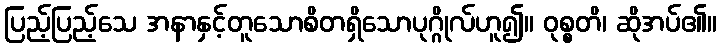
ပြည့်ပြည့်သေ အနာနှင့်တူသောစိတရှိသောပုဂ္ဂိုလ်ဟူ၍။ ဝုစ္စတိ၊ ဆိုအပ်၏။